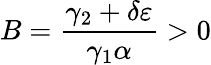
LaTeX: B=\frac{\gamma_{2}+\delta\varepsilon}{\gamma_{1}\alpha}>0